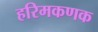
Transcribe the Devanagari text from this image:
हरिमकणक